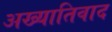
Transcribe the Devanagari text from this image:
अख्यातिवाद